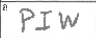
Transcription: PIW